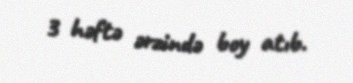
3 həftə ərzində boy atıb.